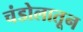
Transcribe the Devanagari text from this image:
चंडोलातून